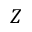
Z